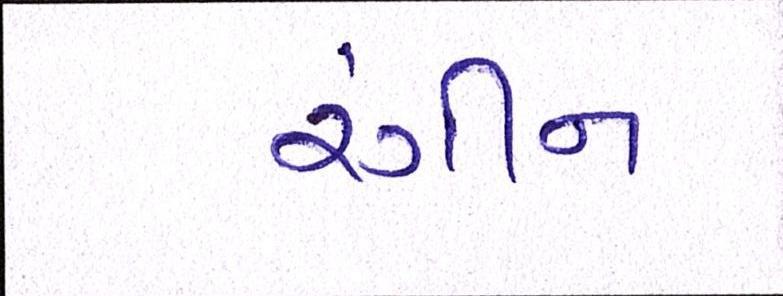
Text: રંગીન